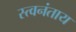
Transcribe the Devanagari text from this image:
स्त्वनंताय